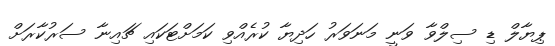
ޕިޔާލް ޑި ސިލްވާ ވަނީ މަނަވަރު ހަދިޔާ ކުރެއްވި ކަމަށްޓަކައި ޗައިނާ ސަރުކާރަށް